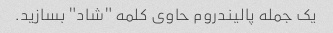
یک جمله پالیندروم حاوی کلمه "شاد" بسازید.